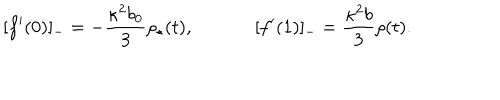
[ f ^ { \prime } ( 0 ) ] _ { - } = - { \frac { \kappa ^ { 2 } b _ { 0 } } { 3 } } \rho _ { \star } ( t ) , ~ [ f ^ { \prime } ( 1 ) ] _ { - } = { \frac { \kappa ^ { 2 } b } { 3 } } \rho ( t ) .